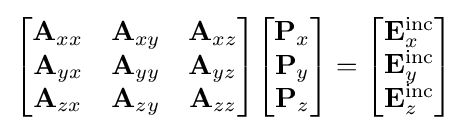
{\begin{bmatrix}\mathbf {A} _{xx}&\mathbf {A} _{xy}&\mathbf {A} _{xz}\\\mathbf {A} _{yx}&\mathbf {A} _{yy}&\mathbf {A} _{yz}\\\mathbf {A} _{zx}&\mathbf {A} _{zy}&\mathbf {A} _{zz}\end{bmatrix}}{\begin{bmatrix}\mathbf {P} _{x}\\\mathbf {P} _{y}\\\mathbf {P} _{z}\end{bmatrix}}={\begin{bmatrix}\mathbf {E} _{x}^{\mathrm {inc} }\\\mathbf {E} _{y}^{\mathrm {inc} }\\\mathbf {E} _{z}^{\mathrm {inc} }\end{bmatrix}}